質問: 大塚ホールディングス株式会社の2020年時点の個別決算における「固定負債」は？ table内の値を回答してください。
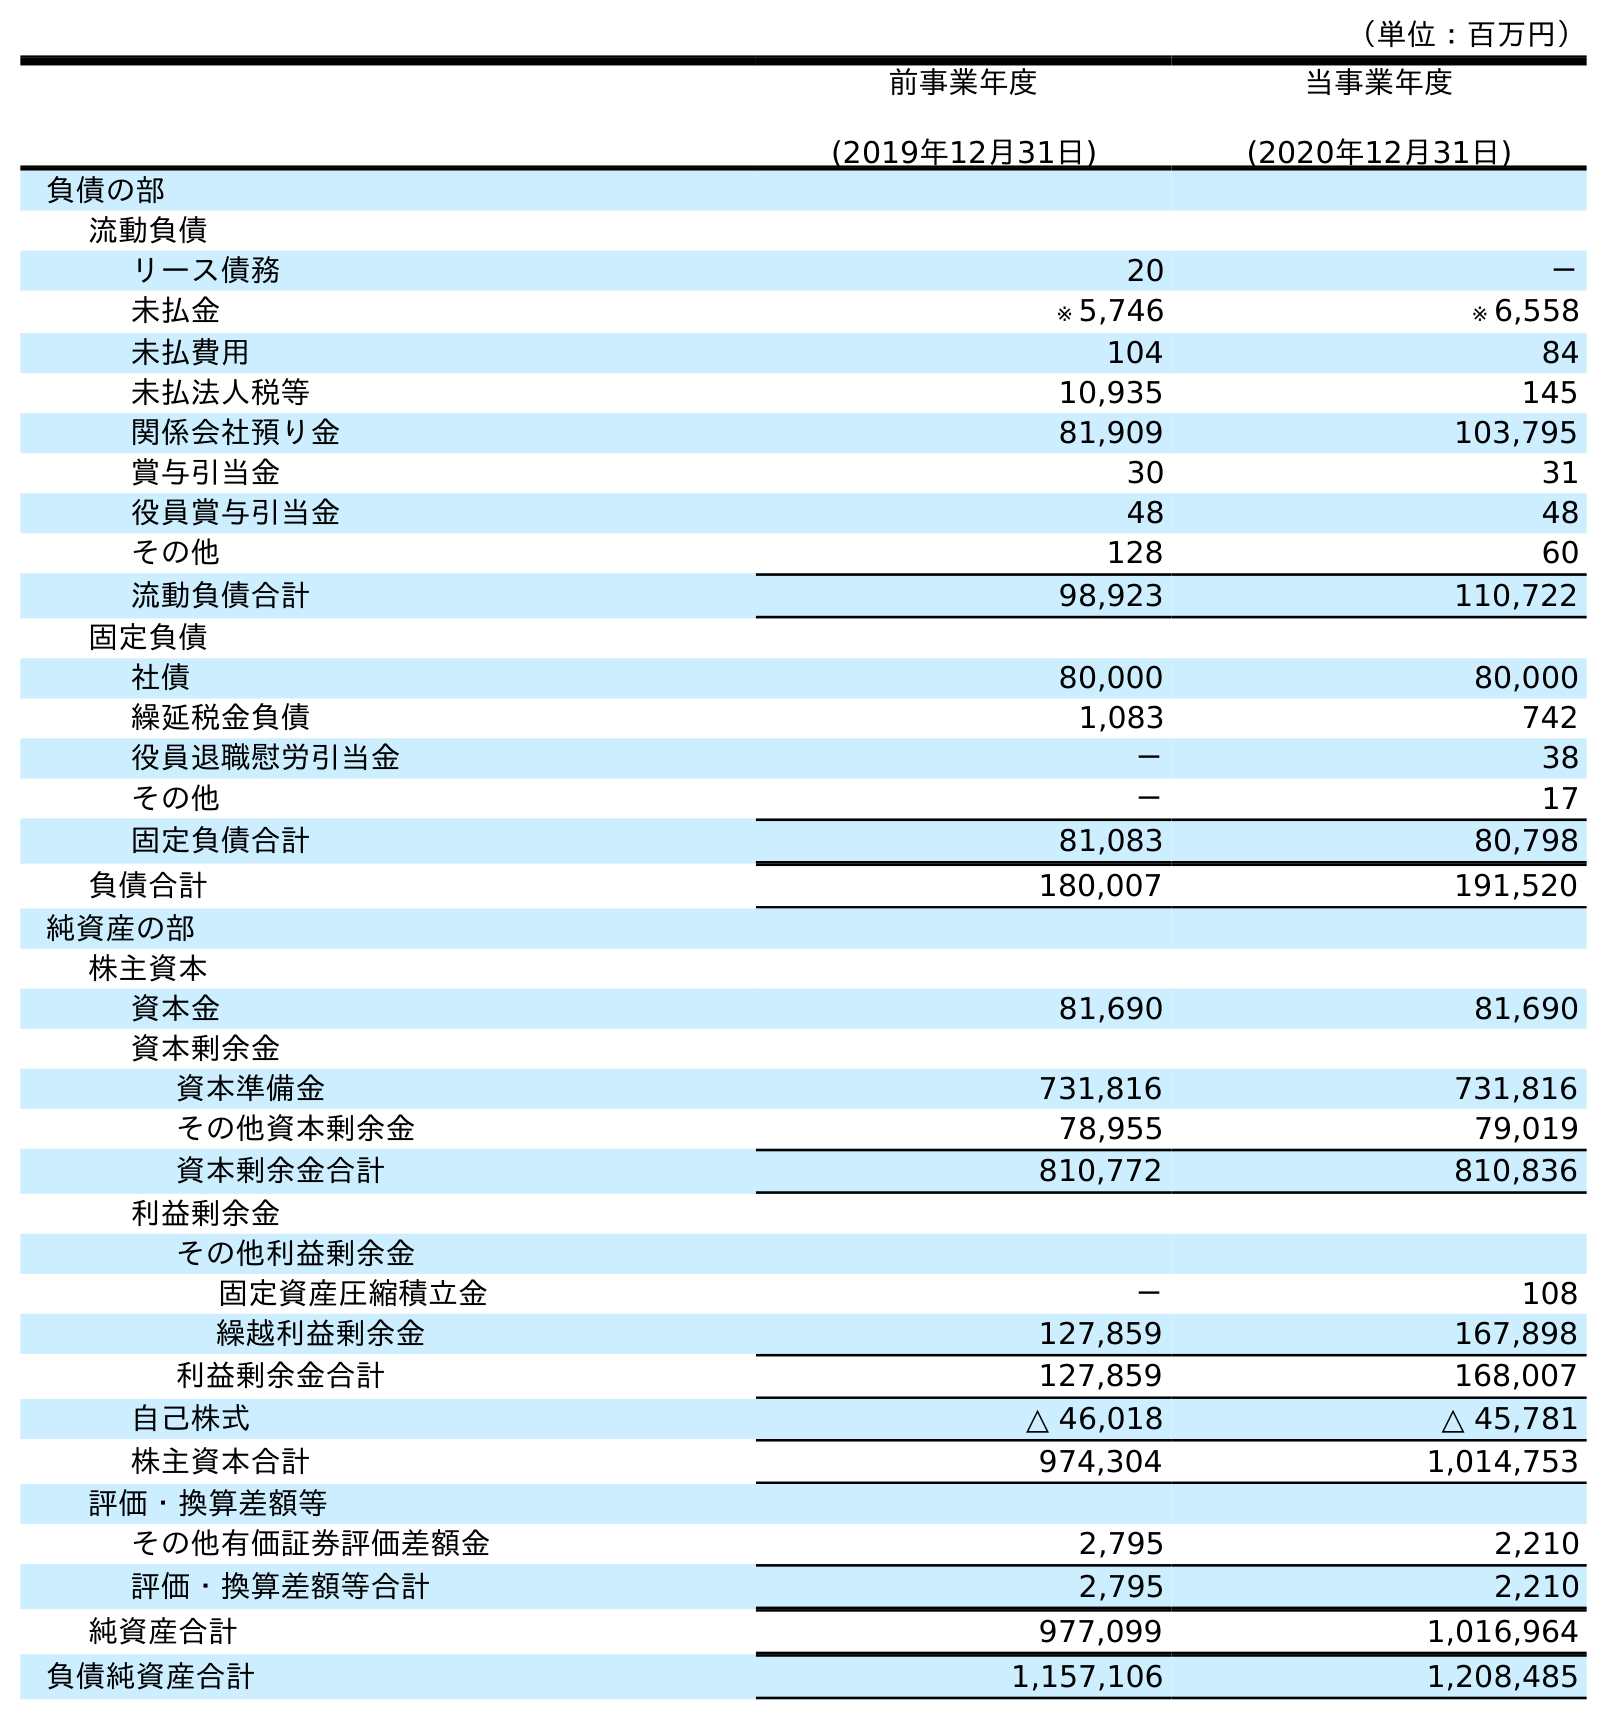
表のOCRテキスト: （単位：百万円） 前事業年度 (2019年12月31日) 当事業年度 (2020年12月31日) 負債の部 流動負債 リース債務 20 － 未払金 ※ 5,746 ※ 6,558 未払費用 104 84 未払法人税等 10,935 145 関係会社預り金 81,909 103,795 賞与引当金 30 31 役員賞与引当金 48 48 その他 128 60 流動負債合計 98,923 110,722 固定負債 社債 80,000 80,000 繰延税金負債 1,083 742 役員退職慰労引当金 － 38 その他 － 17 固定負債合計 81,083 80,798 負債合計 180,007 191,520 純資産の部 株主資本 資本金 81,690 81,690 資本剰余金 資本準備金 731,816 731,816 その他資本剰余金 78,955 79,019 資本剰余金合計 810,772 810,836 利益剰余金 その他利益剰余金 固定資産圧縮積立金 － 108 繰越利益剰余金 127,859 167,898 利益剰余金合計 127,859 168,007 自己株式 △ 46,018 △ 45,781 株主資本合計 974,304 1,014,753 評価・換算差額等 その他有価証券評価差額金 2,795 2,210 評価・換算差額等合計 2,795 2,210 純資産合計 977,099 1,016,964 負債純資産合計 1,157,106 1,208,485
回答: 80,798